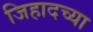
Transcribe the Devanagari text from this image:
जिहादच्या